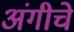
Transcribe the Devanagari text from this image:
अंगीचे